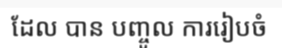
ដែល បាន បញ្ចូល ការរៀបចំ